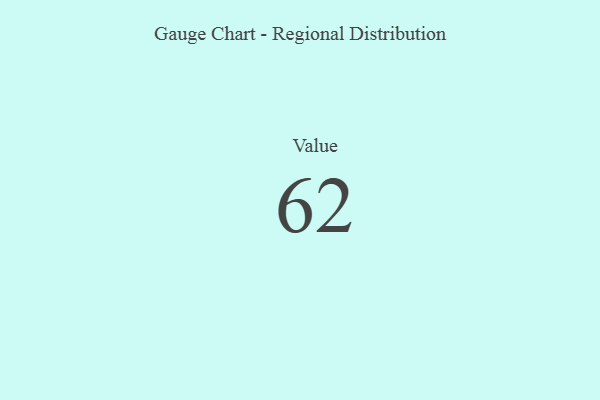
{"axis": {"x": "Metric", "y": "Value"}, "legend": [""], "data": [{"x": "Value", "y": 62, "type": ""}]}